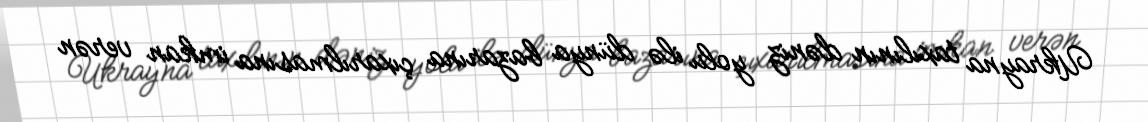
Ukrayna taxılının dəniz yolu ilə dünya bazarına çıxarılmasına imkan verən